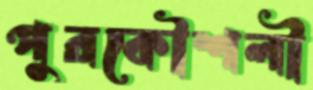
পুরকৌশলী